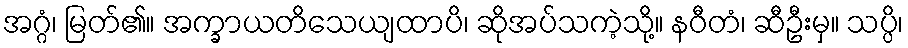
အဂ္ဂံ၊ မြတ်၏။ အက္ခာယတိသေယျထာပိ၊ ဆိုအပ်သကဲ့သို့။ နဝီတံ၊ ဆီဦးမှ။ သပ္ပိ၊